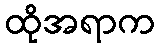
ထိုအရာက